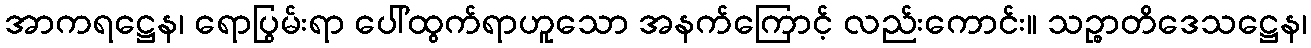
အာကရဋ္ဌေန၊ ရောပြွမ်းရာ ပေါ်ထွက်ရာဟူသော အနက်ကြောင့် လည်းကောင်း။ သဉ္စာတိဒေသဋ္ဌေန၊